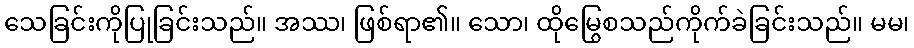
သေခြင်းကိုပြုခြင်းသည်။ အဿ၊ ဖြစ်ရာ၏။ သော၊ ထိုမြွေစသည်ကိုက်ခဲခြင်းသည်။ မမ၊